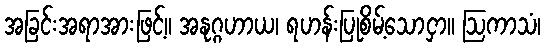
အခြင်းအရာအားဖြင့်။ အနုဂ္ဂဟာယ၊ ရဟန်းပြုစိမ့်သောငှာ။ ဩကာသံ၊